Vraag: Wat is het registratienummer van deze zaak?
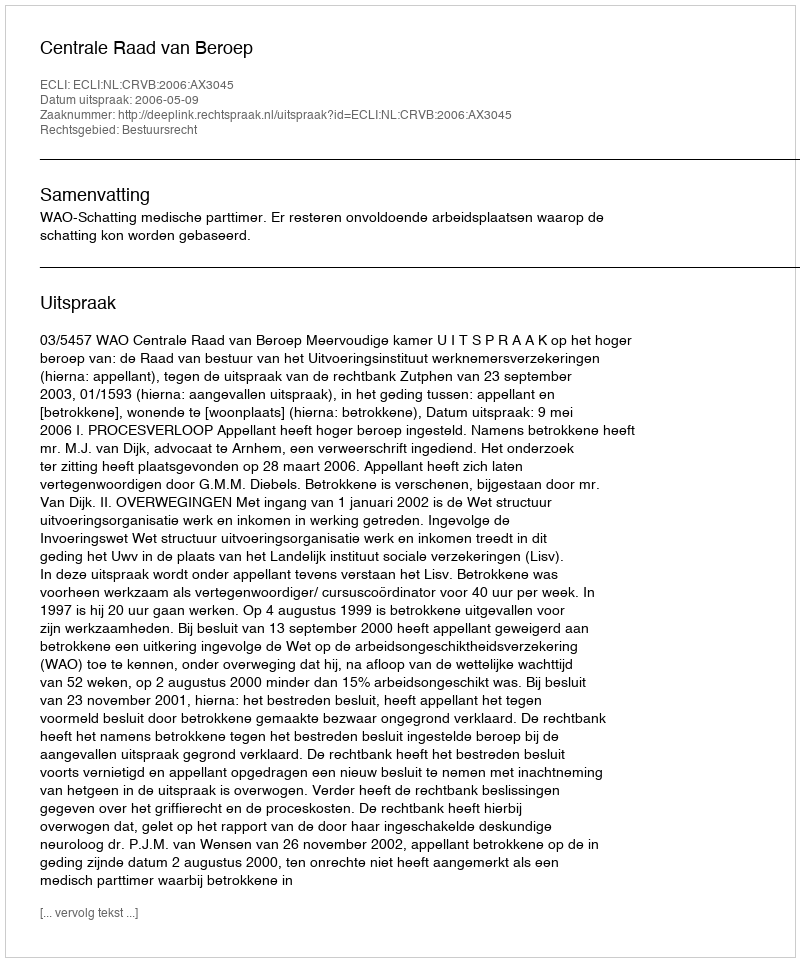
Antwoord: http://deeplink.rechtspraak.nl/uitspraak?id=ECLI:NL:CRVB:2006:AX3045